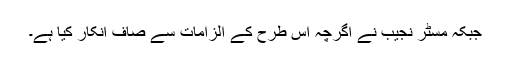
جبکہ مسٹر نجیب نے اگرچہ اس طرح کے الزامات سے صاف انکار کیا ہے۔